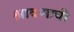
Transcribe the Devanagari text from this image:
श्रावणाची